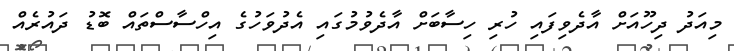
މިއަދު ދިހޫއަށް އާދެވިފައި ހުރި ހިސާބަށް އާދެވުމުގައި އެދުވަހުގެ އިހްސާސްތައް ބޮޑު ދައުރެއް